Indian journal of veterinary science and animal husbandry - Volumes 22-23, 1952-1953
Year: 1952
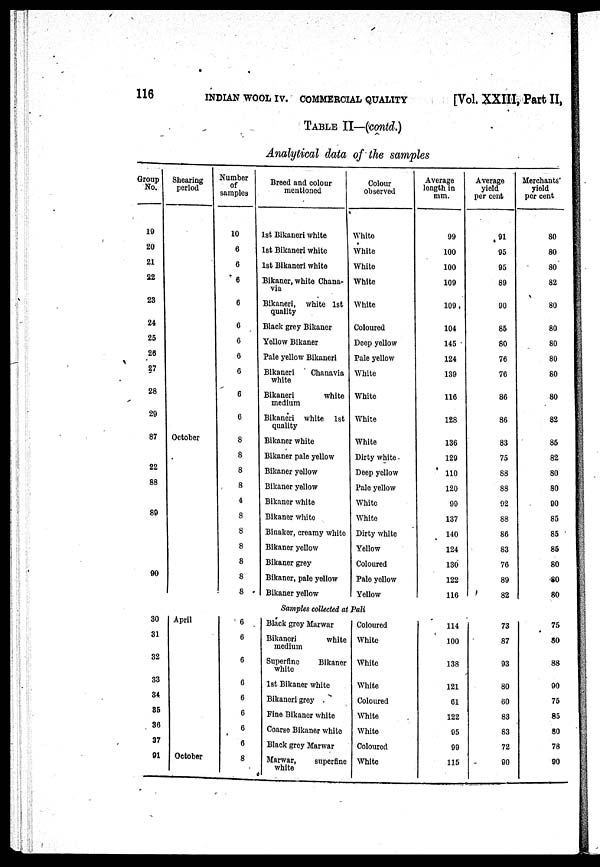
116
INDIAN WOOL IV. COMMERCIAL QUALITY
[Vol. XXIII, Part II,
TABLE II—(contd.)
Analytical data of the samples
Group
No.
19
20
21
22
23
24
25
26
27
28
29
87
22
88
89
90
Shearing
period
October
Number
of
samples
10
6
6
6
6
6
6
6
6
6
6
8
8
8
8
4
8
8
8
8
8
8
Breed and colour
mentioned
1st Bikaneri white
1st Bikaneri white
1st Bikaneri white
Bikaner, white Chana-
via
Bikaneri, white 1st
quality
Black grey Bikaner
Yellow Bikaner
Pale yellow Bikaneri
Bikaneri
Chanavia
white
Bikaneri
white
medium
Bikaneri white 1st
quality
Bikaner white
Bikaner pale yellow
Bikaner yellow
Bikaner yellow
Bikaner white
Bikaner white
Binaker, creamy white
Bikaner yellow
Bikaner grey
Bikaner, pale yellow
Bikaner yellow
Colour
observed
White
White
White
White
White
Coloured
Deep yellow
Pale yellow
White
White
White
White
Dirty white
Deep yellow
Pale yellow
White
White
Dirty white
Yellow
Coloured
Pale yellow
Yellow
Average
length in
mm.
99
100
100
109
109
104
145
124
139
116
128
136
129
110
120
99
137
140
124
130
122
116
Average
yield
per cent
91
95
95
89
90
85
80
76
76
86
86
83
75
88
88
92
88
86
83
76
89
82
Merchants'
yield
per cent
80
80
80
82
80
80
80
80
80
80
82
85
82
80
80
90
85
85
85
80
80
80
Samples collected at Pali
30
31
32
33
34
35
36
37
91
April
October
6
6
6
6
6
6
6
6
8
Black grey Marwar
Bikaneri
white
medium
Superfine
Bikaner
white
1st Bikaner white
Bikaneri grey
Fine Bikaner white
Coarse Bikaner white
Black grey Marwar
Marwar,
superfine
white
Coloured
White
White
White
Coloured
White
White
Coloured
White
114
100
138
121
61
122
95
99
115
73
87
93
80
60
83
83
72
90
75
80
88
90
75
85
80
78
90